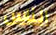
الناس